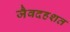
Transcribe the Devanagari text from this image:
जैवदहशत